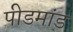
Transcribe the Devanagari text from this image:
पीडमांड